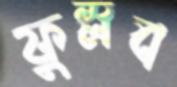
ফুস্‌লব